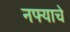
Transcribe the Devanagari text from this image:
नफ्याचे